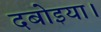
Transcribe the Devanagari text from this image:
दबोइया।